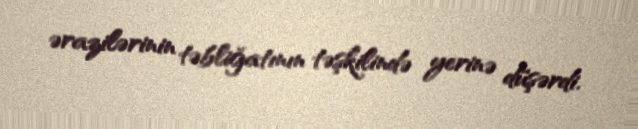
ərazilərinin təbliğatının təşkilində yerinə düşərdi.